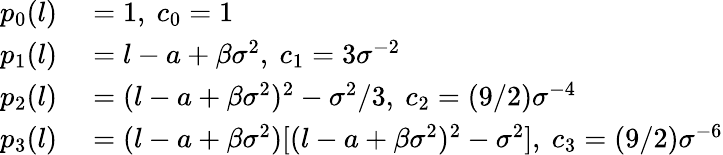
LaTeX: \begin{array}{rl}{p_{0}(l)}&{{}=1,\ c_{0}=1}\\ {p_{1}(l)}&{{}=l-a+\beta\sigma^{2},\ c_{1}=3\sigma^{-2}}\\ {p_{2}(l)}&{{}=(l-a+\beta\sigma^{2})^{2}-\sigma^{2}/3,\ c_{2}=(9/2)\sigma^{-4}}\\ {p_{3}(l)}&{{}=(l-a+\beta\sigma^{2})[(l-a+\beta\sigma^{2})^{2}-\sigma^{2}],\ c_{3}=(9/2)\sigma^{-6}}\end{array}